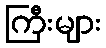
ကြီးများ